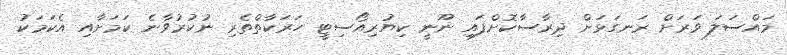
މައްސަލަ ވަރަށް ރަނގަޅަށް ދިރާސާކޮށްފައި ނޫނީ ކިޔުރިއޯސިޓީ ހަރަކާތްތެރި ނުކުރުވާނެ ކަމަށާއި އެކަމަކު